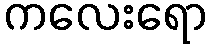
ကလေးရော